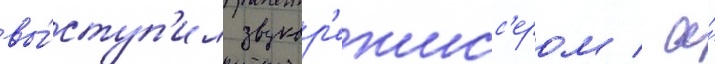
вы́ступ'ил звукор'ежисс'ером / а́